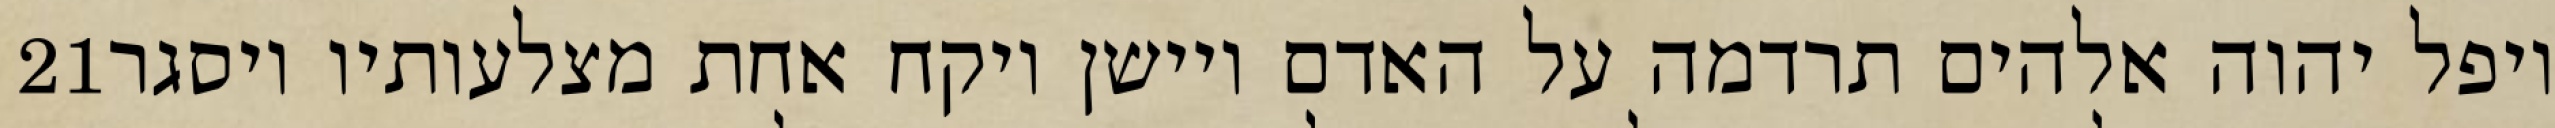
‎21‏ ויפל יהוה אלהים תרדמה על האדם ויישן ויקח אחת מצלעותיו ויסגר